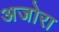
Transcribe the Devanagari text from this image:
अजोरा